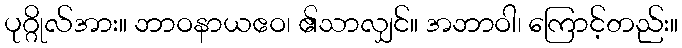
ပုဂ္ဂိုလ်အား။ ဘာဝနာယဧဝ၊ ၏သာလျှင်။ အဘာဝါ၊ ကြောင့်တည်း။